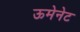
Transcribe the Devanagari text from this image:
ऊमेनेट